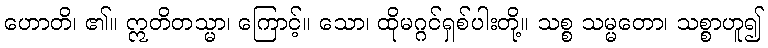
ဟောတိ၊ ၏။ ဣတိတသ္မာ၊ ကြောင့်။ သော၊ ထိုမဂ္ဂင်ရှစ်ပါးတို့။ သစ္စ သမ္မတော၊ သစ္စာဟူ၍